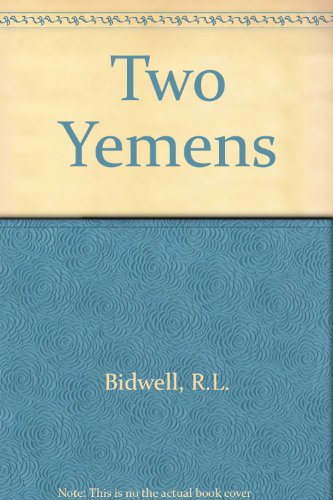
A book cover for Two Yemens; R. L. Bidwell; History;